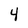
Character: 4